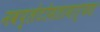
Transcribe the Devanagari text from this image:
नवप्लेटोमतामार्फत